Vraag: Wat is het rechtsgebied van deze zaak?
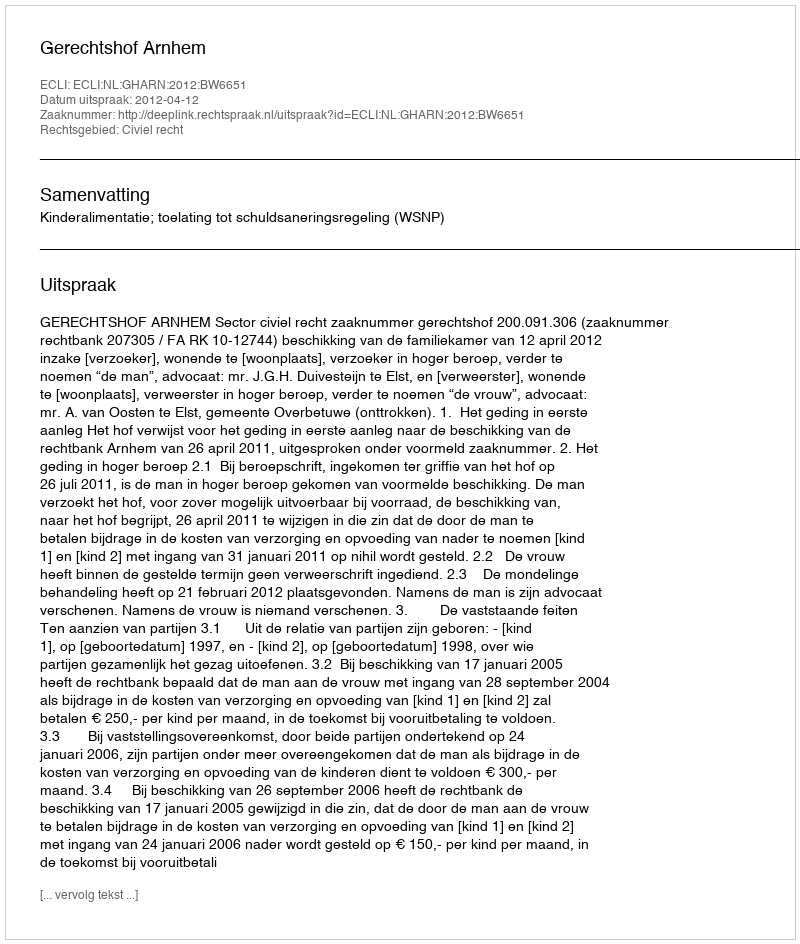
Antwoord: Civiel recht